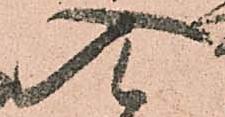
入